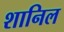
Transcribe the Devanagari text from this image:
शानिल